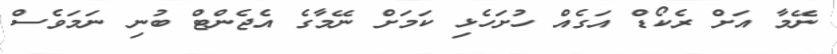
ނޭމާ އަށް ރެކޯޑް އަގެއް ހުށަހެޅި ކަމަށް ނޭމާގެ އެޖެންޓް ބުނި ނަމަވެސް